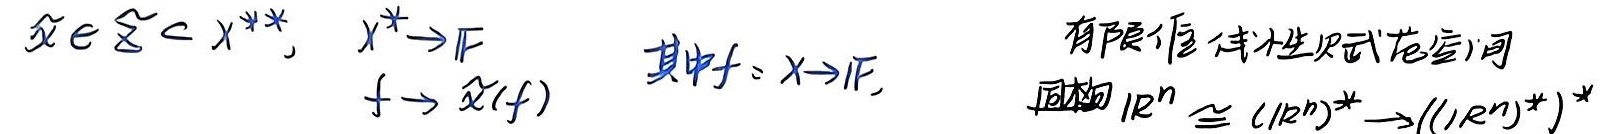
设$\hat{x} \in \widehat{X} \subset X^{**}$，$X^* \to \mathbb{F}$，
\[f \to \hat{x}(f)\]
其中$f: X \to \mathbb{F}$，有限维线性赋范空间同构 $\mathbb{R}^n \cong (\mathbb{R}^n)^* \to ((\mathbb{R}^n)^*)^*$